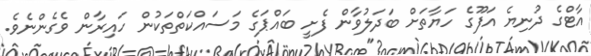
އާޓްގެ ދުނިޔެ އަފޫގެ ހަޔާތަށް ބަދަލުވާން ފެށީ ބައްޕަގެ މަސައްކަތްތަކުން ހައިރާން ވެގެންނެވެ.